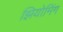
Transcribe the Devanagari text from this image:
झियोमिंग